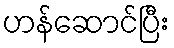
ဟန်ဆောင်ပြီး